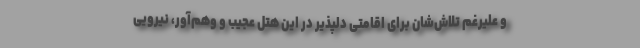
و علیرغم تلاش‌شان برای اقامتی دلپذیر در این هتل عجیب و وهم‌آور، نیرویی